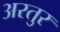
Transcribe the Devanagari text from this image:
अरतुर